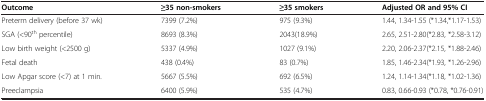
| Outcome | ≥35 non-smokers | ≥35 smokers | Adjusted OR and 95% CI |
 | --- | --- | --- | --- |
 | Preterm delivery (before 37 wk) | 7399 (7.2%) | 975 (9.3%) | 1.44, 1.34-1.55 (*1.34,*1.17-1.53) |
 | SGA (<90th percentile) | 8693 (8.3%) | 2043(18.9%) | 2.65, 2.51-2.80(*2.83, *2.58-3.12) |
 | Low birth weight (<2500 g) | 5337 (4.9%) | 1027 (9.1%) | 2.20, 2.06-2.37(*2.15, *1.88-2.46) |
 | Fetal death | 438 (0.4%) | 83 (0.7%) | 1.85, 1.46-2.34(*1.93, *1.26-2.96) |
 | Low Apgar score (<7) at 1 min. | 5667 (5.5%) | 692 (6.5%) | 1.24, 1.14-1.34(*1.18, *1.02-1.36) |
 | Preeclampsia | 6400 (5.9%) | 535 (4.7%) | 0.83, 0.66-0.93 (*0.78, *0.76-0.91) |